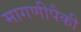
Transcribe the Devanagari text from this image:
मागणीपैकी